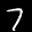
Label: 7